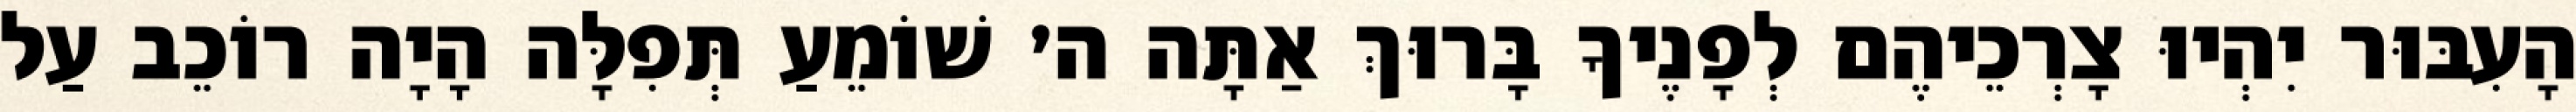
הָעִבּוּר יִהְיוּ צָרְכֵיהֶם לְפָנֶיךָ בָּרוּךְ אַתָּה ה׳ שׁוֹמֵעַ תְּפִלָּה הָיָה רוֹכֵב עַל